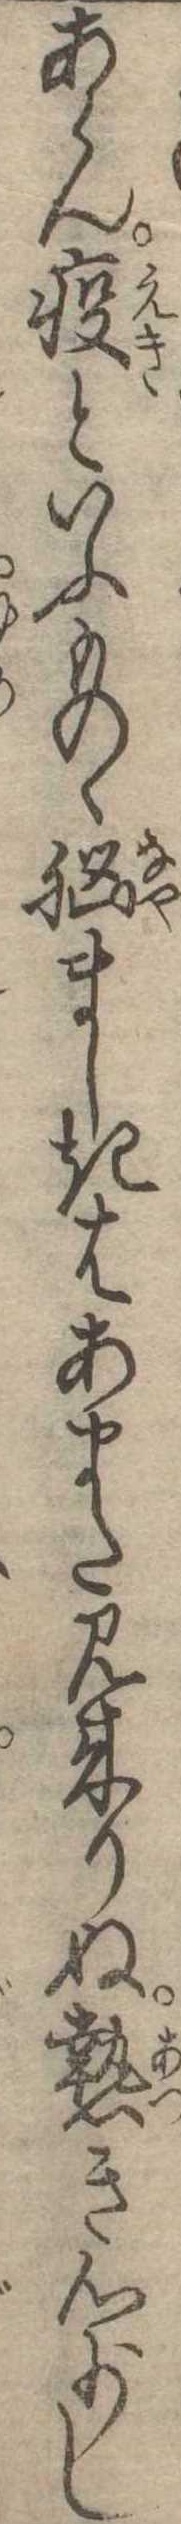
あらん疫といふものゝ脳ましきはあまた見来りぬ熱き心少し